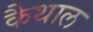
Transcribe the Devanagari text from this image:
कैथाल